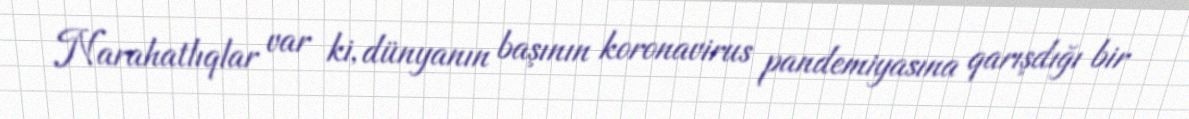
Narahatlıqlar var ki, dünyanın başının koronavirus pandemiyasına qarışdığı bir